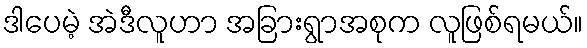
ဒါပေမဲ့ အဲဒီလူဟာ အခြားရွာအစုက လူဖြစ်ရမယ်။